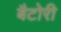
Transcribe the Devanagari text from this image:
बैटोरी